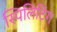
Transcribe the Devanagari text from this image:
स्पिलिटिंग